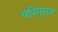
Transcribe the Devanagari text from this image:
चविनुसार